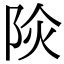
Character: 𨹈